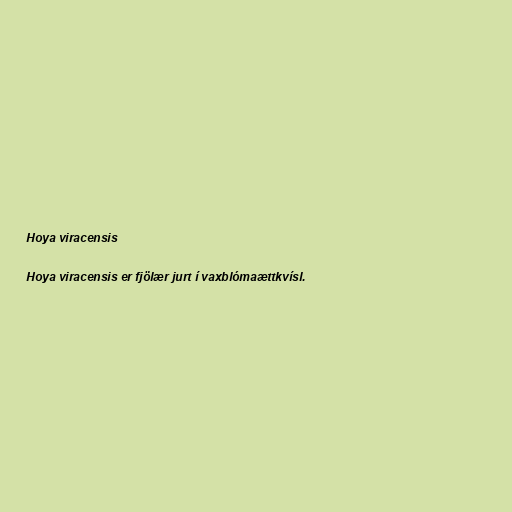
Hoya viracensis

Hoya viracensis er fjölær jurt í vaxblómaættkvísl.